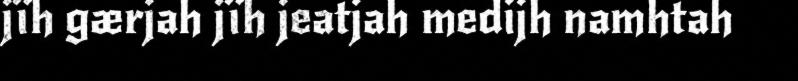
jïh gærjah jïh jeatjah medijh namhtah